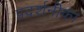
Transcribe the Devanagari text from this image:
प्रदर्शनीका